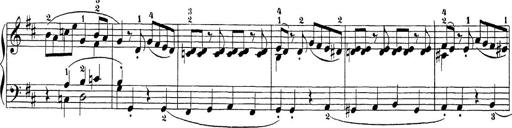
Title: Sonatina Album
Composer: Louis KÃ¶hler